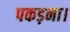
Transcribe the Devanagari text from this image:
पकड़ना।